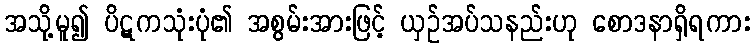
အသို့မူ၍ ပိဋကသုံးပုံ၏ အစွမ်းအားဖြင့် ယှဉ်အပ်သနည်းဟု စောဒနာရှိရကား